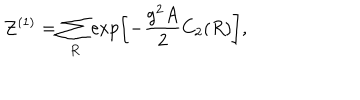
LaTeX: { \cal Z } ^ { ( 1 ) } = \sum _ { R } \exp \left[ - { \frac { g ^ { 2 } A } { 2 } } C _ { 2 } ( R ) \right] ,